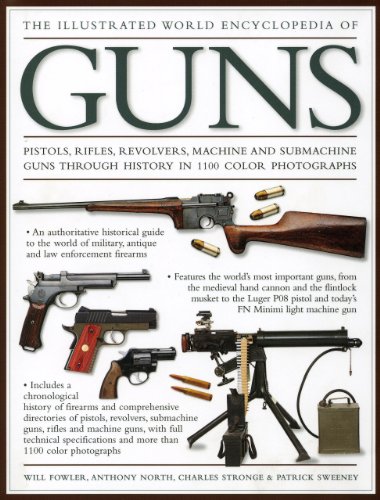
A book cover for The Illustrated World Encyclopedia of Guns; Will Fowler; Crafts, Hobbies & Home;